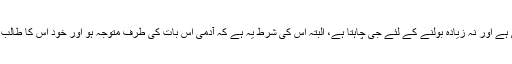
نہ حد سے زیادہ شہوت کی طرف رغبت ہوتی ہے اور نہ زیادہ بولنے کے لئے جی چاہتا ہے، البتہ اس کی شرط یہ ہے کہ آدمی اس بات کی طرف متوجہ ہو اور خود اس کا طالب ہو، تا کہ اس بات پر عمل کرنا آسان ہوجائے۔